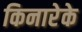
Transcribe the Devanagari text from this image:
किनारेके